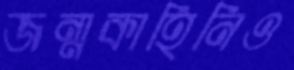
জন্মকাহিনিও